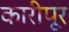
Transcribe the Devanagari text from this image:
कारीपूर